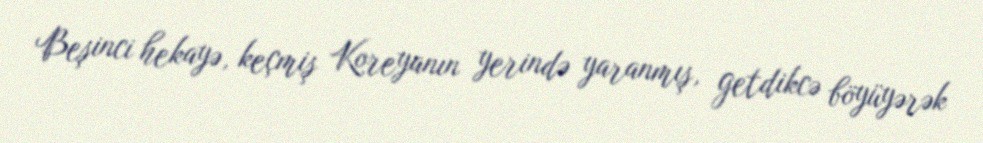
Beşinci hekayə, keçmiş Koreyanın yerində yaranmış, getdikcə böyüyərək